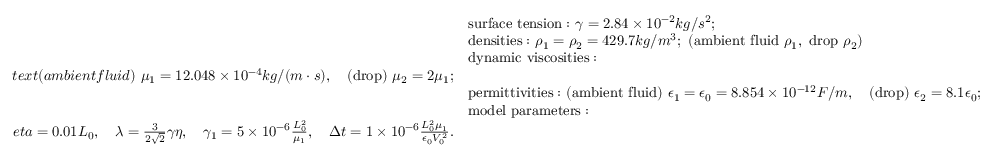
\begin{array} { r l } & { \mathrm { s u r f a c e ~ t e n s i o n : } \ \gamma = 2 . 8 4 \times 1 0 ^ { - 2 } k g / s ^ { 2 } ; } \\ & { \mathrm { d e n s i t i e s : } \ \rho _ { 1 } = \rho _ { 2 } = 4 2 9 . 7 k g / m ^ { 3 } ; \ ( \mathrm { a m b i e n t ~ f l u i d } \ \rho _ { 1 } , \ \mathrm { d r o p } \ \rho _ { 2 } ) } \\ & { \mathrm { d y n a m i c ~ v i s c o s i t i e s : } } \\ { t e x t { ( a m b i e n t f l u i d ) } \ \mu _ { 1 } = 1 2 . 0 4 8 \times 1 0 ^ { - 4 } k g / ( m \cdot s ) , \quad \mathrm { ( d r o p ) } \ \mu _ { 2 } = 2 \mu _ { 1 } ; } \\ & { \mathrm { p e r m i t t i v i t i e s : } \ \mathrm { ( a m b i e n t ~ f l u i d ) } \ \epsilon _ { 1 } = \epsilon _ { 0 } = 8 . 8 5 4 \times 1 0 ^ { - 1 2 } F / m , \quad \mathrm { ( d r o p ) } \ \epsilon _ { 2 } = 8 . 1 \epsilon _ { 0 } ; } \\ & { \mathrm { m o d e l ~ p a r a m e t e r s : } } \\ { e t a = 0 . 0 1 L _ { 0 } , \quad \lambda = \frac { 3 } { 2 \sqrt { 2 } } \gamma \eta , \quad \gamma _ { 1 } = 5 \times 1 0 ^ { - 6 } \frac { L _ { 0 } ^ { 2 } } { \mu _ { 1 } } , \quad \Delta t = 1 \times 1 0 ^ { - 6 } \frac { L _ { 0 } ^ { 2 } \mu _ { 1 } } { \epsilon _ { 0 } V _ { 0 } ^ { 2 } } . } \end{array}